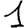
Digit: 1